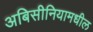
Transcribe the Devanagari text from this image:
अबिसीनियामधील